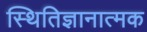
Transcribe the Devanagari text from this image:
स्थितिज्ञानात्मक